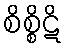
စိစ္စိဋိ